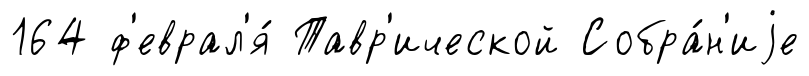
164 ф'еврал'я́ Тавр'ической Собра́н'иjе